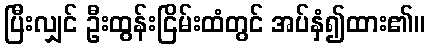
ပြီးလျှင် ဦးထွန်းငြိမ်းထံတွင် အပ်နှံ၍ထား၏။